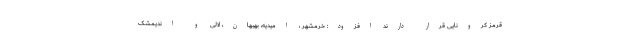
قرمز کرونایی قرار دارند افزود: خرمشهر ، امیدیه، بهبهان، لالی و اندیمشک